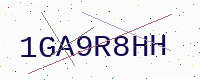
Text: 1GA9R8HH